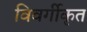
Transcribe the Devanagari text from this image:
विवर्गीकृत